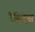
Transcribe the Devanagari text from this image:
रैबिट्स